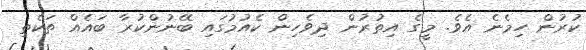
ކުރުން ހިމެނެ އެވެ. މީގެ އިތުރުން ދިވެހިން ކެއުމުގައި ބޭނުންކުރާ ބައެއް ތަކެތި